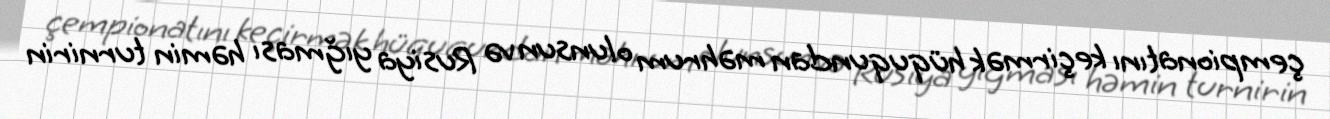
çempionatını keçirmək hüququndan məhrum olunsun və Rusiya yığması həmin turnirin